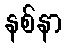
နစ်နာ